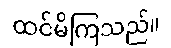
ထင်မိကြသည်။